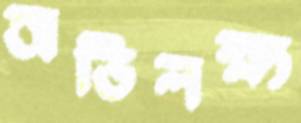
অভিলক্ষ্য